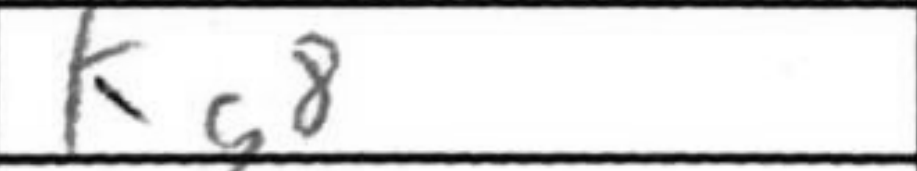
Transcription: Kg8